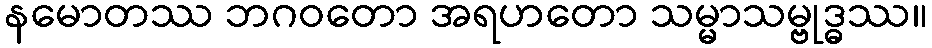
နမောတဿ ဘဂဝတော အရဟတော သမ္မာသမ္ဗုဒ္ဓဿ။